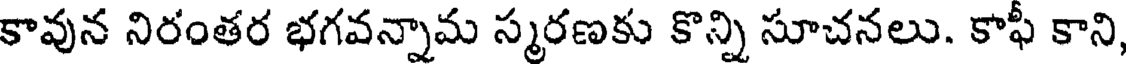
కావున నిరంతర భగవన్నామ స్మరణకు కొన్ని సూచనలు. కాఫీ కాని